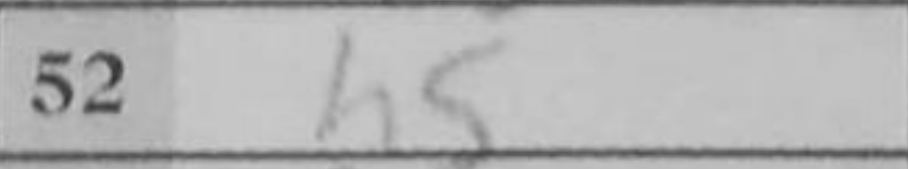
Transcription: h5